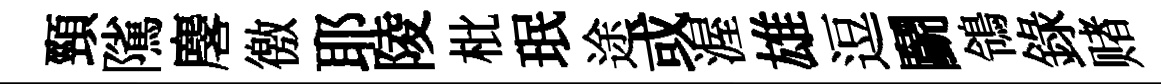
頸隲麐徼耶陵枇珉途或渥雄逗鬬鴒錄赌